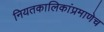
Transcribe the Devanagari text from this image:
नियतकालिकांप्रमाणेच